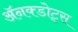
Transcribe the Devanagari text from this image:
ॲनक्डोट्स